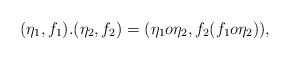
\begin{align*}(\eta_1,f_1).(\eta_2,f_2)=(\eta_1 o \eta_2,f_2(f_1 o \eta_2)),\end{align*}